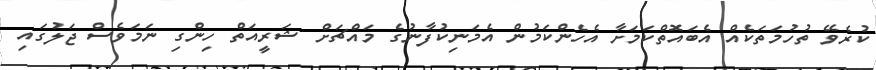
ކުރެވޭ ތުހުމަތަކެއް އެބައޮތްކަމަށާ އެހެންކަމުން އެމަނިކުފާނުގެ މައްޗަށް ޝަރީއަތް ހިންގި ނަމަވެސް ޖަލުގައި